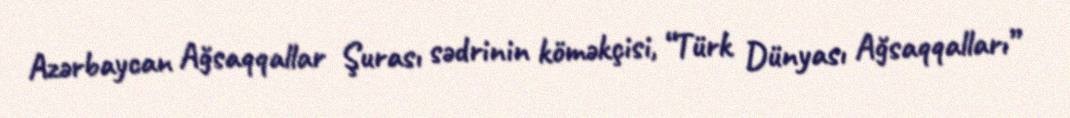
Azərbaycan Ağsaqqallar Şurası sədrinin köməkçisi, “Türk Dünyası Ağsaqqalları”